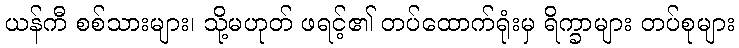
ယန်ကီ စစ်သားများ၊ သို့မဟုတ် ဖရင့်၏ တပ်ထောက်ရုံးမှ ရိက္ခာများ တပ်စုများ